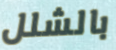
بالشلل